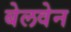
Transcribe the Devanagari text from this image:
बेलवेन